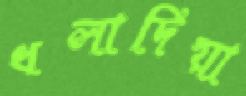
ধলাদিয়া